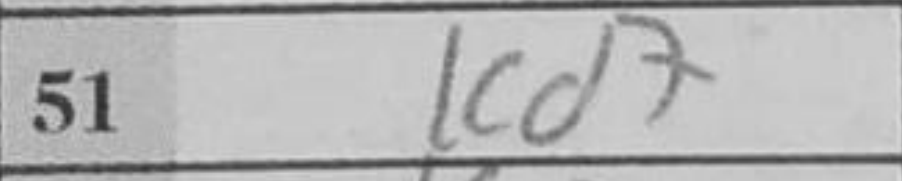
Transcription: Kd7